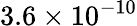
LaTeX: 3.6\times 10^{-10}